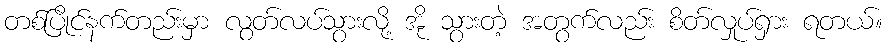
တစ်ပြိုင်နက်တည်းမှာ လွတ်လပ်သွားလို့ အို သွားတဲ့ အတွက်လည်း စိတ်လှုပ်ရှား ရတယ်။